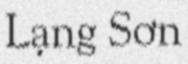
Lạng Sơn